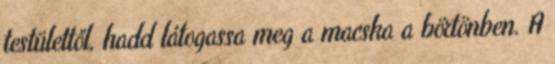
testülettől, hadd látogassa meg a macska a börtönben. A